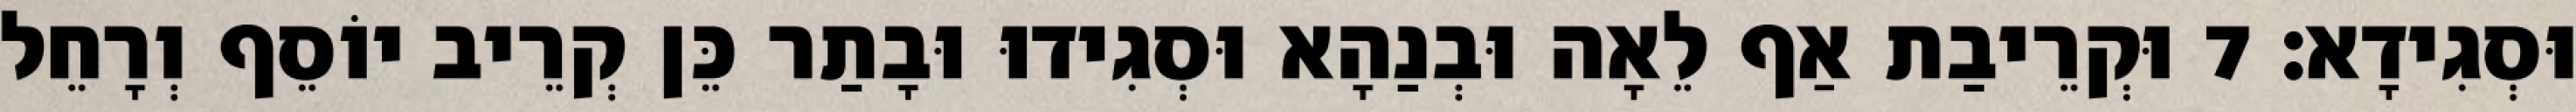
וּסְגִידָא׃ 7 וּקְרֵיבַת אַף לֵאָה וּבְנַהָא וּסְגִידוּ וּבָתַר כֵּן קְרֵיב יוֹסֵף וְרָחֵל